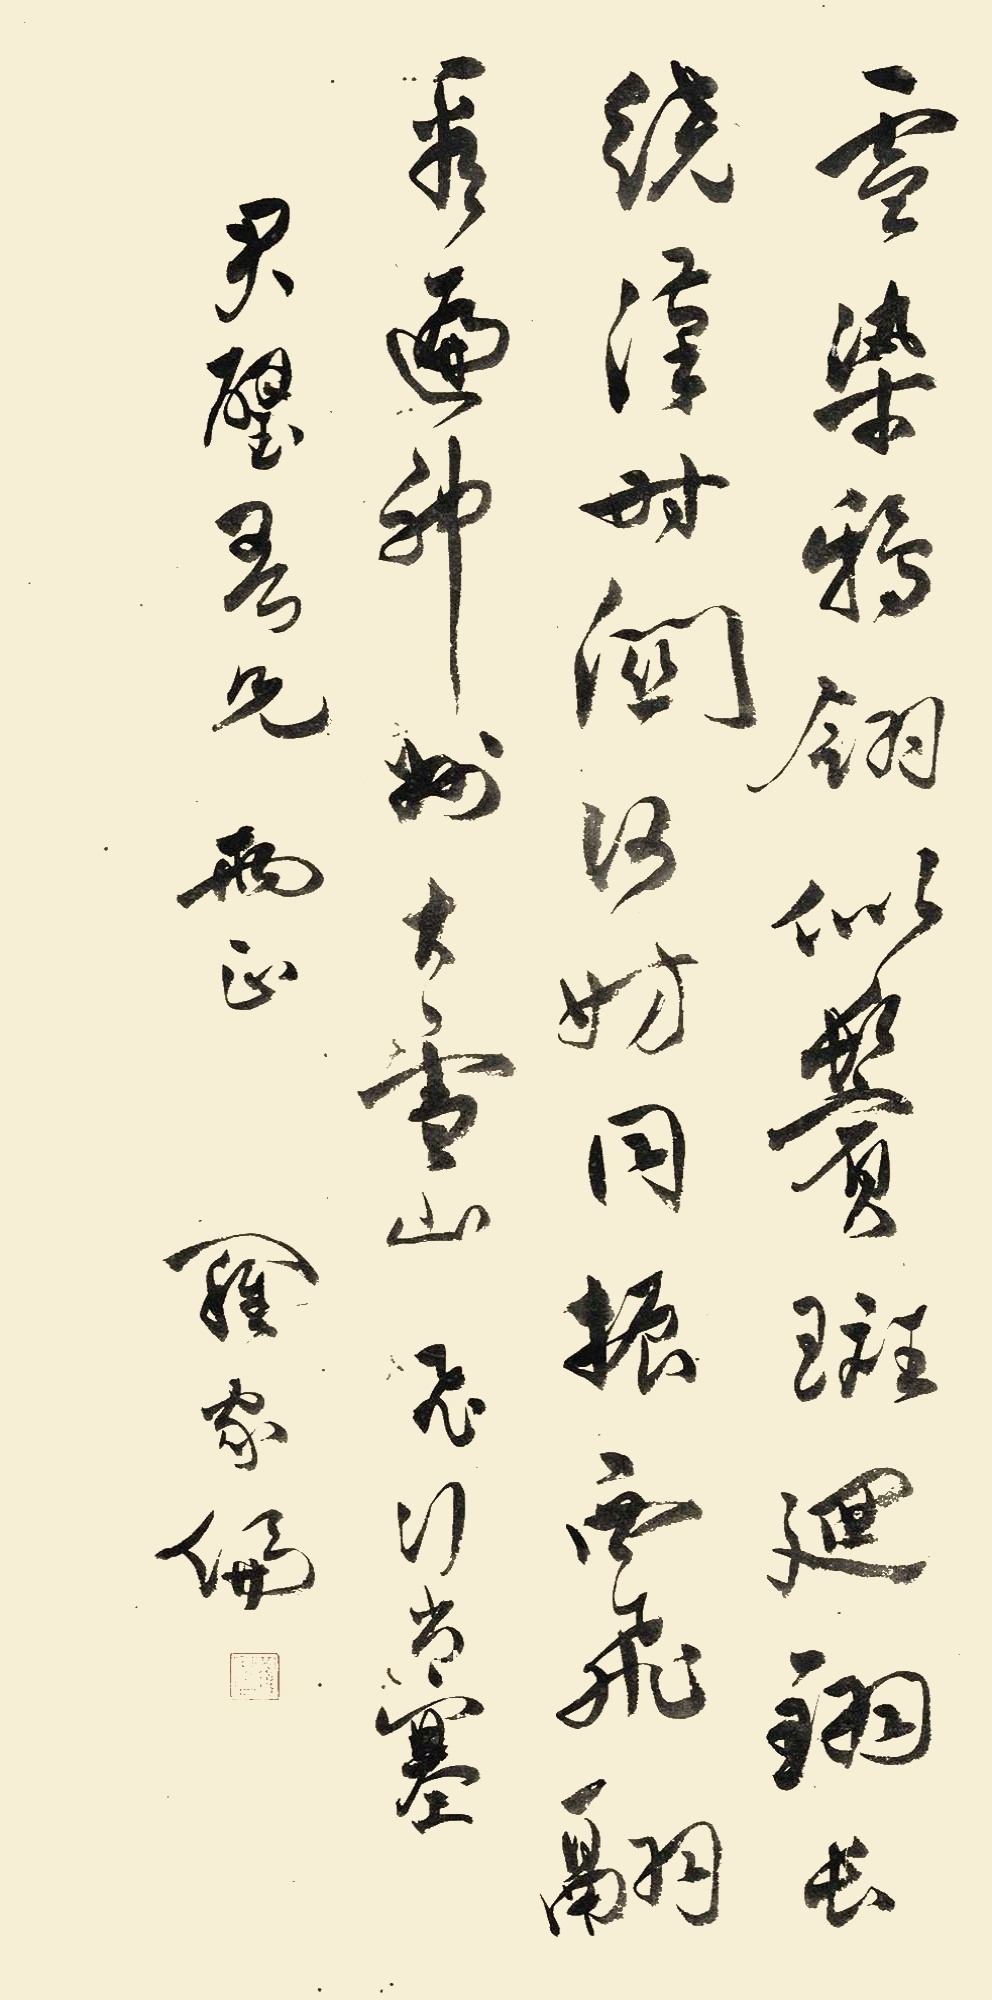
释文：雪染鸦翎似鬓斑，回翎长绕汉时关。何妨同振西飞翮，看边神州大雪山。飞行出塞君璧吾兄两正，罗家伦。